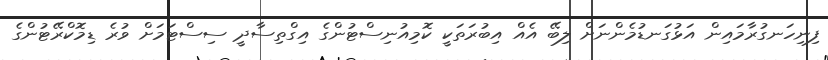
ފިނިހަނގުރާމައިން އަޅުގަނޑުމެންނަށް ލިބޭ އެއް އިބުރަތަކީ ކޮމިއުނިސްޓުންގެ އިގްތިސާދީ ސިސްޓަމަށް ވުރެ ޑިމޮކްރޭޓުންގެ